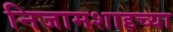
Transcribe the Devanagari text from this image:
निजामशाहच्या